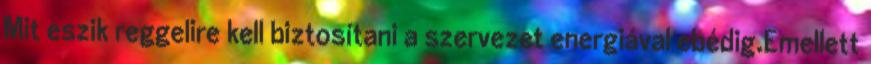
Mit eszik reggelire kell biztosítani a szervezet energiával ebédig.Emellett